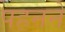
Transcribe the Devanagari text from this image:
पहननें